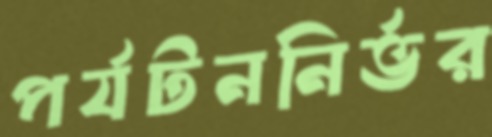
পর্যটননির্ভর